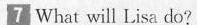
7 What will Lisa do?